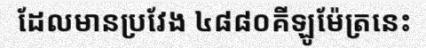
ដែលមានប្រវែង ៤៨៨០គីឡូម៉ែត្រនេះ